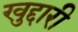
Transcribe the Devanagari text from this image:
खुद्दारी